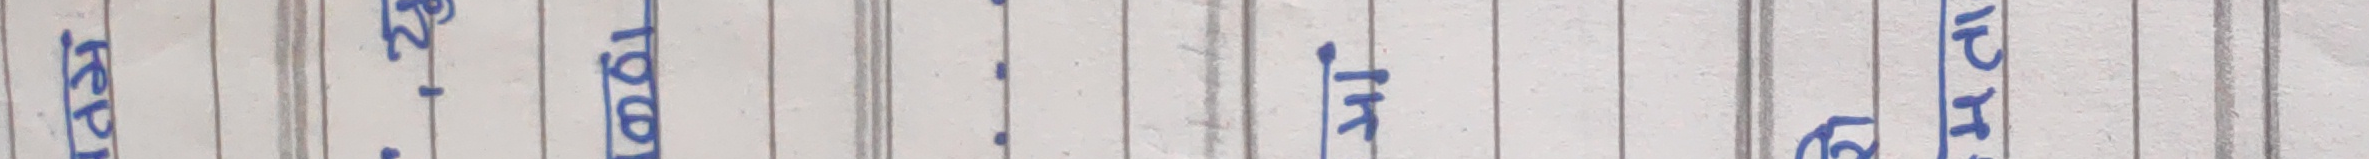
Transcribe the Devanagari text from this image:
इच्छा तय होला मात्र समय को कुरा